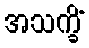
အသက္ခိံ